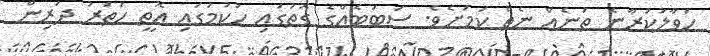
ހަވާލުކުރާނެ ތަނެއް ނެތް ކަމަށެވެ. ސަބަބެއްގެ ގޮތުގައި ހުކުމުގައި އޮތީ ހަތަރު ދަރިން